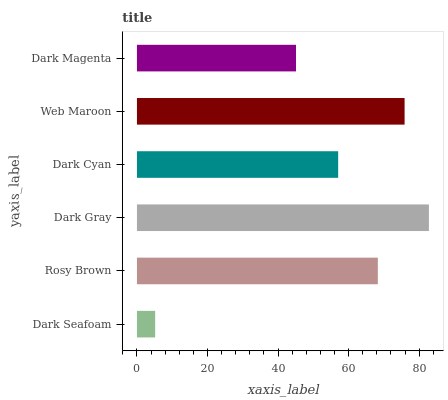
| yaxis_label | bars |
 | --- | --- |
 | Dark Seafoam | 5.16 |
 | Rosy Brown | 68.3 |
 | Dark Gray | 82.8 |
 | Dark Cyan | 57.1 |
 | Web Maroon | 75.9 |
 | Dark Magenta | 45.1 |